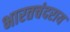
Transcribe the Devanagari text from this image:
भारतचंदराय